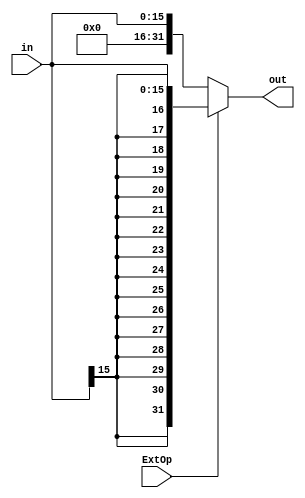
`ifndef _EXTEND_V_
`define _EXTEND_V_

module extend(
           input [15: 0] in,
           input ExtOp,
           output reg[31: 0] out
       );

always@(in or ExtOp) begin
    if (ExtOp == 1)
        out = {{16{in[15]}}, in[15: 0]};
    else
        out = {{16{1'b0}}, in[15: 0]};
end

endmodule

`endif